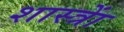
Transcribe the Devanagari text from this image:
शास्त्राें